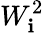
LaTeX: W_{\mathbf{i}}^{2}